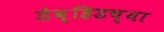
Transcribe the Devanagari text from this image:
डेव्हिडच्या